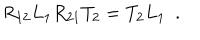
R _ { 1 2 } L _ { 1 } R _ { 2 1 } T _ { 2 } = T _ { 2 } L _ { 1 } ~ ~ .